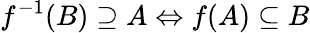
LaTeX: f^{-1}(B)\supseteq A\Leftrightarrow f(A)\subseteq B